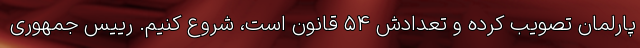
پارلمان تصویب کرده و تعدادش ۵۴ قانون است، شروع کنیم. رییس جمهوری